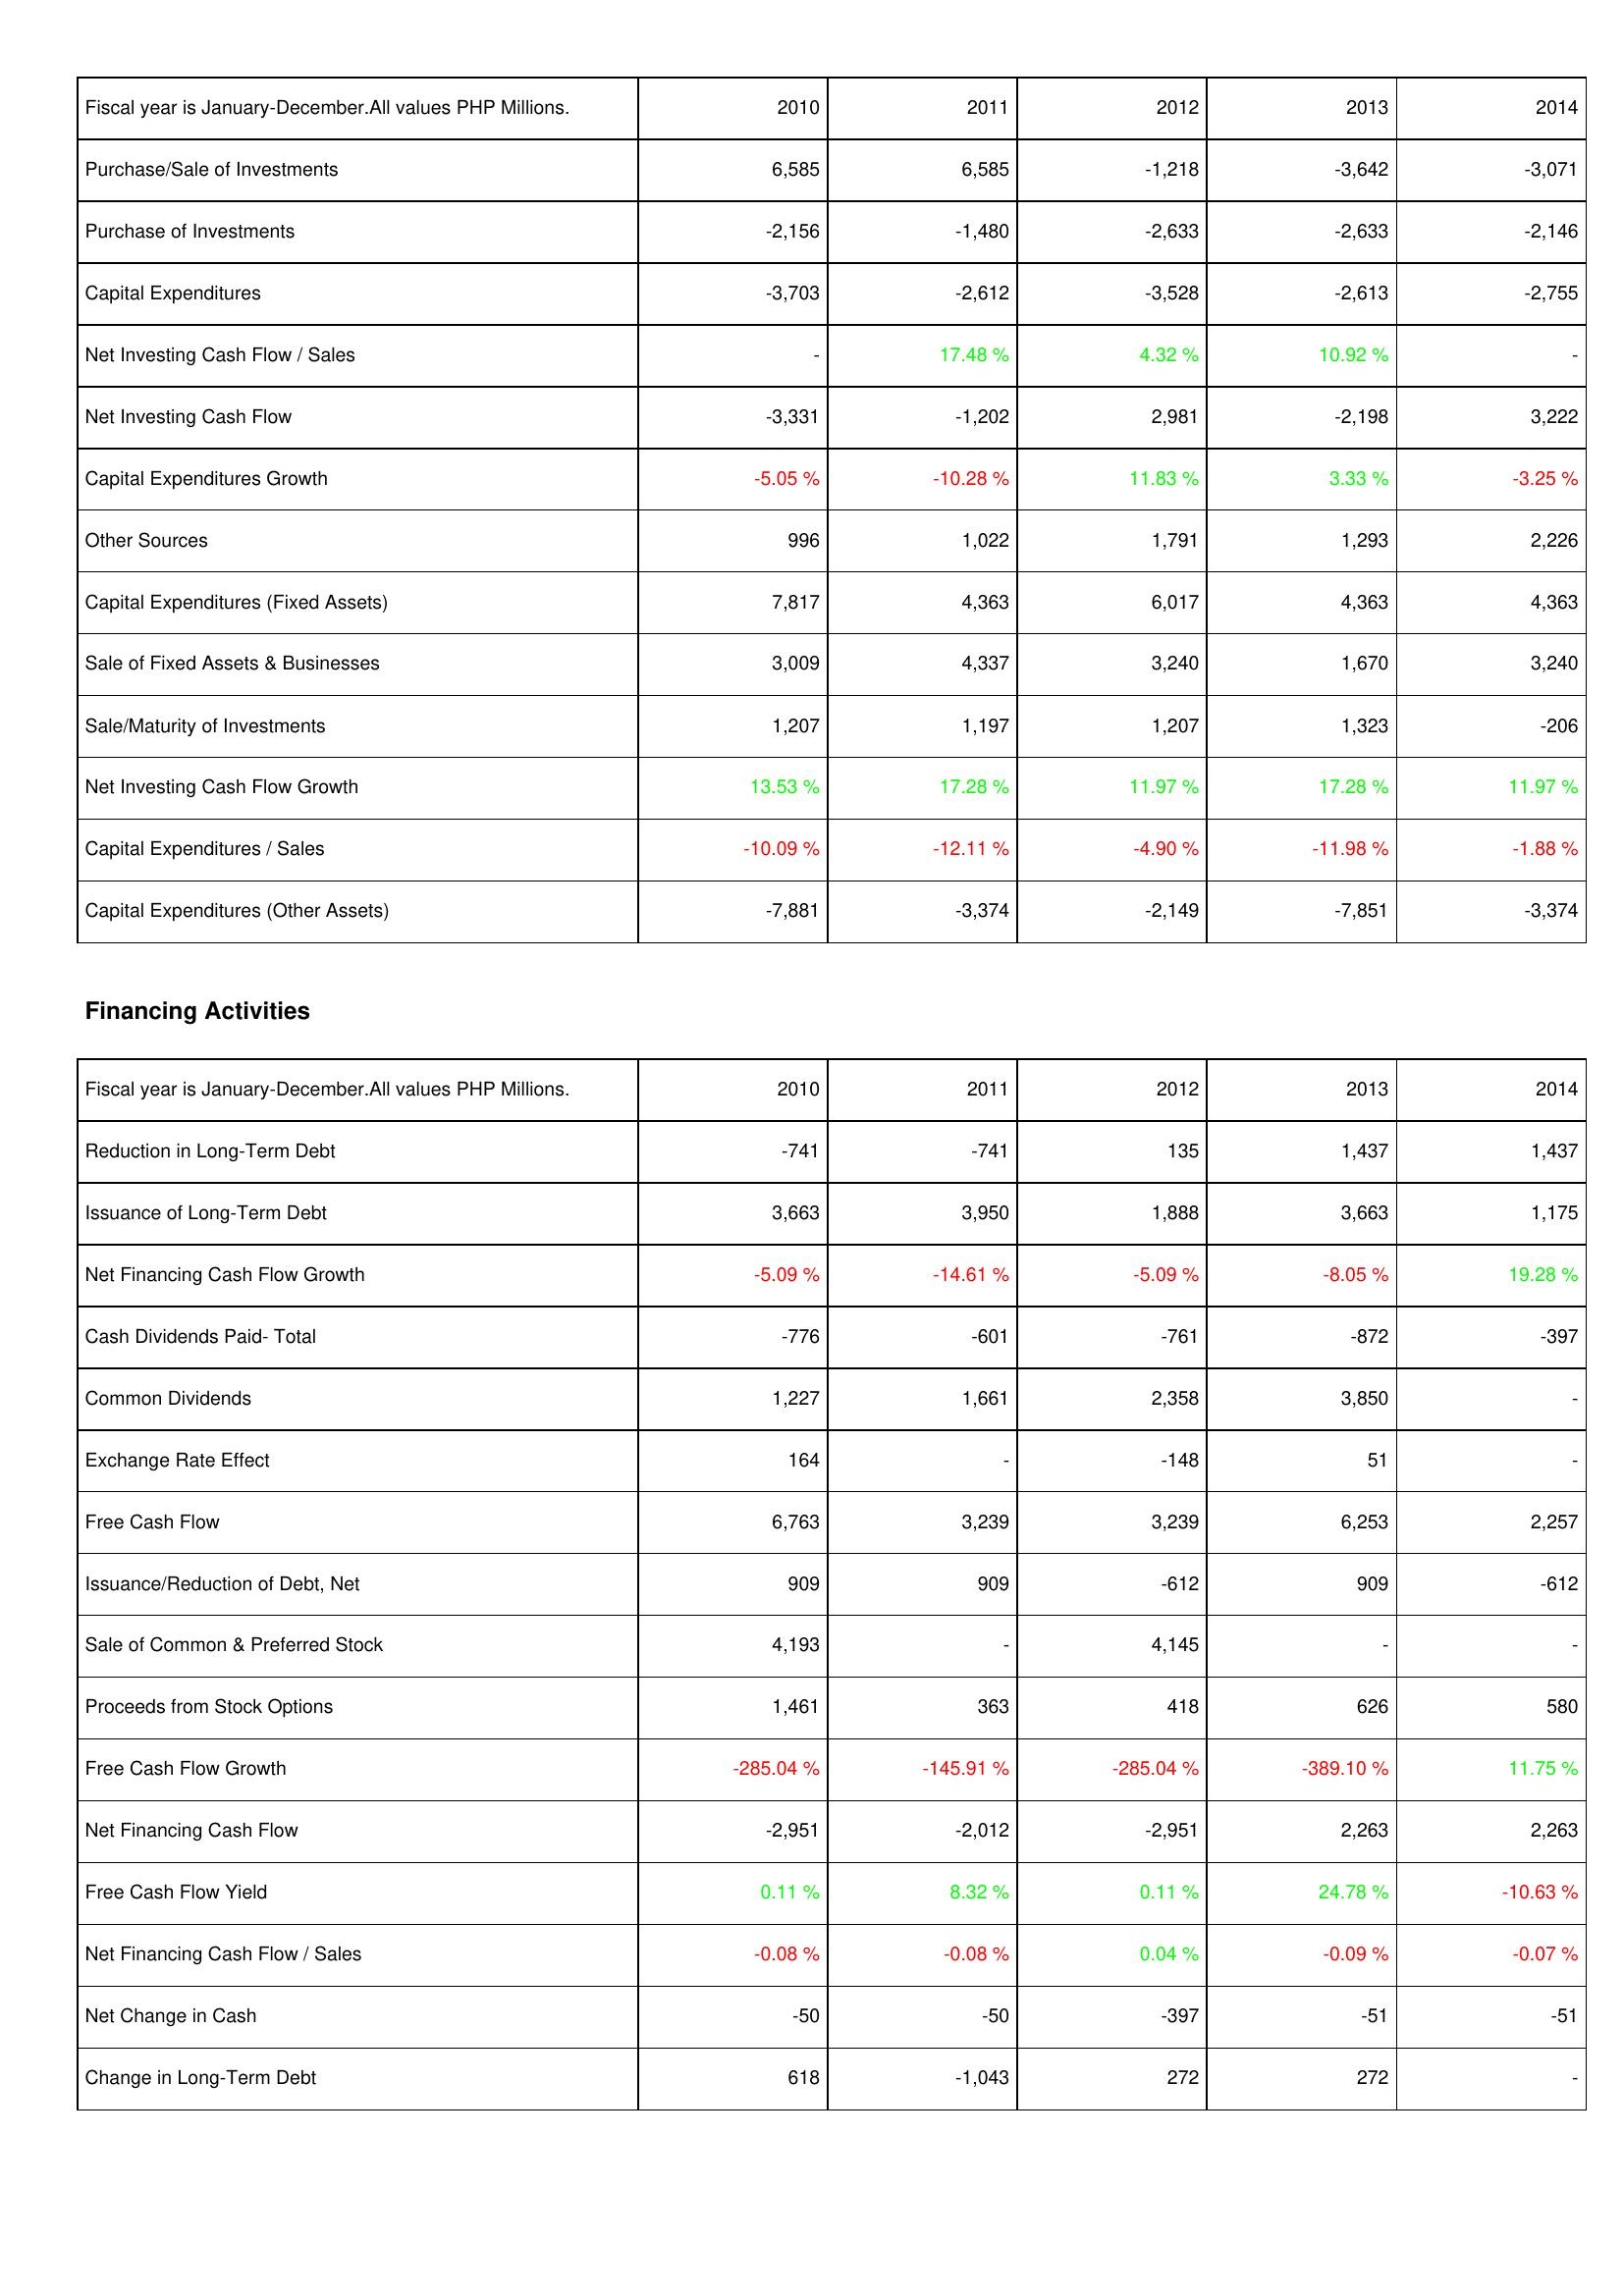
2010: Investing Activities: Purchase/Sale of Investments: 6,585
Purchase of Investments: -2,156
Capital Expenditures: -3,703
Net Investing Cash Flow / Sales: -
Net Investing Cash Flow: -3,331
Capital Expenditures Growth: -5.05 %
Other Sources: 996
Capital Expenditures (Fixed Assets): 7,817
Sale of Fixed Assets & Businesses: 3,009
Sale/Maturity of Investments: 1,207
Net Investing Cash Flow Growth: 13.53 %
Capital Expenditures / Sales: -10.09 %
Capital Expenditures (Other Assets): -7,881
Financing Activities: Reduction in Long-Term Debt: -741
Issuance of Long-Term Debt: 3,663
Net Financing Cash Flow Growth: -5.09 %
Cash Dividends Paid- Total: -776
Common Dividends: 1,227
Exchange Rate Effect: 164
Free Cash Flow: 6,763
Issuance/Reduction of Debt, Net: 909
Sale of Common & Preferred Stock: 4,193
Proceeds from Stock Options: 1,461
Free Cash Flow Growth: -285.04 %
Net Financing Cash Flow: -2,951
Free Cash Flow Yield: 0.11 %
Net Financing Cash Flow / Sales: -0.08 %
Net Change in Cash: -50
Change in Long-Term Debt: 618
2011: Investing Activities: Purchase/Sale of Investments: 6,585
Purchase of Investments: -1,480
Capital Expenditures: -2,612
Net Investing Cash Flow / Sales: 17.48 %
Net Investing Cash Flow: -1,202
Capital Expenditures Growth: -10.28 %
Other Sources: 1,022
Capital Expenditures (Fixed Assets): 4,363
Sale of Fixed Assets & Businesses: 4,337
Sale/Maturity of Investments: 1,197
Net Investing Cash Flow Growth: 17.28 %
Capital Expenditures / Sales: -12.11 %
Capital Expenditures (Other Assets): -3,374
Financing Activities: Reduction in Long-Term Debt: -741
Issuance of Long-Term Debt: 3,950
Net Financing Cash Flow Growth: -14.61 %
Cash Dividends Paid- Total: -601
Common Dividends: 1,661
Exchange Rate Effect: -
Free Cash Flow: 3,239
Issuance/Reduction of Debt, Net: 909
Sale of Common & Preferred Stock: -
Proceeds from Stock Options: 363
Free Cash Flow Growth: -145.91 %
Net Financing Cash Flow: -2,012
Free Cash Flow Yield: 8.32 %
Net Financing Cash Flow / Sales: -0.08 %
Net Change in Cash: -50
Change in Long-Term Debt: -1,043
2012: Investing Activities: Purchase/Sale of Investments: -1,218
Purchase of Investments: -2,633
Capital Expenditures: -3,528
Net Investing Cash Flow / Sales: 4.32 %
Net Investing Cash Flow: 2,981
Capital Expenditures Growth: 11.83 %
Other Sources: 1,791
Capital Expenditures (Fixed Assets): 6,017
Sale of Fixed Assets & Businesses: 3,240
Sale/Maturity of Investments: 1,207
Net Investing Cash Flow Growth: 11.97 %
Capital Expenditures / Sales: -4.90 %
Capital Expenditures (Other Assets): -2,149
Financing Activities: Reduction in Long-Term Debt: 135
Issuance of Long-Term Debt: 1,888
Net Financing Cash Flow Growth: -5.09 %
Cash Dividends Paid- Total: -761
Common Dividends: 2,358
Exchange Rate Effect: -148
Free Cash Flow: 3,239
Issuance/Reduction of Debt, Net: -612
Sale of Common & Preferred Stock: 4,145
Proceeds from Stock Options: 418
Free Cash Flow Growth: -285.04 %
Net Financing Cash Flow: -2,951
Free Cash Flow Yield: 0.11 %
Net Financing Cash Flow / Sales: 0.04 %
Net Change in Cash: -397
Change in Long-Term Debt: 272
2013: Investing Activities: Purchase/Sale of Investments: -3,642
Purchase of Investments: -2,633
Capital Expenditures: -2,613
Net Investing Cash Flow / Sales: 10.92 %
Net Investing Cash Flow: -2,198
Capital Expenditures Growth: 3.33 %
Other Sources: 1,293
Capital Expenditures (Fixed Assets): 4,363
Sale of Fixed Assets & Businesses: 1,670
Sale/Maturity of Investments: 1,323
Net Investing Cash Flow Growth: 17.28 %
Capital Expenditures / Sales: -11.98 %
Capital Expenditures (Other Assets): -7,851
Financing Activities: Reduction in Long-Term Debt: 1,437
Issuance of Long-Term Debt: 3,663
Net Financing Cash Flow Growth: -8.05 %
Cash Dividends Paid- Total: -872
Common Dividends: 3,850
Exchange Rate Effect: 51
Free Cash Flow: 6,253
Issuance/Reduction of Debt, Net: 909
Sale of Common & Preferred Stock: -
Proceeds from Stock Options: 626
Free Cash Flow Growth: -389.10 %
Net Financing Cash Flow: 2,263
Free Cash Flow Yield: 24.78 %
Net Financing Cash Flow / Sales: -0.09 %
Net Change in Cash: -51
Change in Long-Term Debt: 272
2014: Investing Activities: Purchase/Sale of Investments: -3,071
Purchase of Investments: -2,146
Capital Expenditures: -2,755
Net Investing Cash Flow / Sales: -
Net Investing Cash Flow: 3,222
Capital Expenditures Growth: -3.25 %
Other Sources: 2,226
Capital Expenditures (Fixed Assets): 4,363
Sale of Fixed Assets & Businesses: 3,240
Sale/Maturity of Investments: -206
Net Investing Cash Flow Growth: 11.97 %
Capital Expenditures / Sales: -1.88 %
Capital Expenditures (Other Assets): -3,374
Financing Activities: Reduction in Long-Term Debt: 1,437
Issuance of Long-Term Debt: 1,175
Net Financing Cash Flow Growth: 19.28 %
Cash Dividends Paid- Total: -397
Common Dividends: -
Exchange Rate Effect: -
Free Cash Flow: 2,257
Issuance/Reduction of Debt, Net: -612
Sale of Common & Preferred Stock: -
Proceeds from Stock Options: 580
Free Cash Flow Growth: 11.75 %
Net Financing Cash Flow: 2,263
Free Cash Flow Yield: -10.63 %
Net Financing Cash Flow / Sales: -0.07 %
Net Change in Cash: -51
Change in Long-Term Debt: -